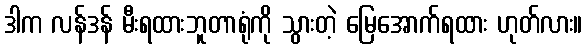
ဒါက လန်ဒန် မီးရထားဘူတာရုံကို သွားတဲ့ မြေအောက်ရထား ဟုတ်လား။